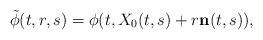
LaTeX: \begin{align*}\tilde{\phi}(t,r,s)=\phi(t,X_0(t,s)+r\bold{n}(t,s)), \end{align*}